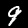
Label: 9